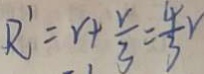
R ^ { \prime } = r + \frac { r } { 3 } = \frac { 4 } { 3 } r